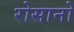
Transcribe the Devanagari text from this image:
रोसानो